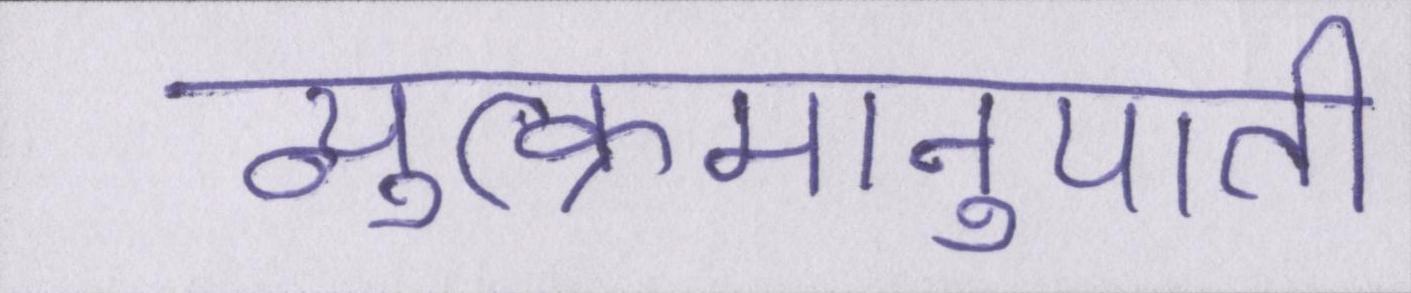
व्युत्क्रमानुपाती